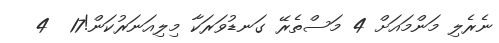
ނެރެލި މަންމައަށް 4 މަސްތެރޭ ގަނޑުވަރަކާ މިލިއަނަރުކަން!17  4